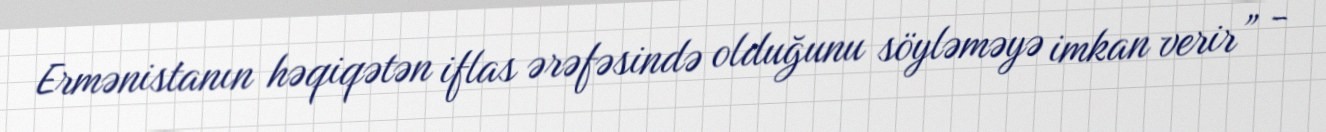
Ermənistanın həqiqətən iflas ərəfəsində olduğunu söyləməyə imkan verir” -